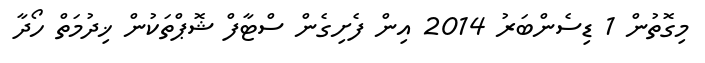
މިގޮތުން 1 ޑިސެންބަރު 2014 އިން ފެށިގެން ސްޓާފް ޝޮޕްތަކުން ޚިދުމަތް ހޯދާ